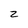
Character: z